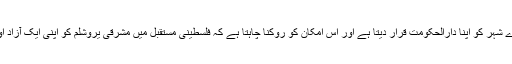
اس کا سبب یہ ہے کہ اسرائیل یروشلم کے پورے شہر کو اپنا دارالحکومت قرار دیتا ہے اور اس امکان کو روکنا چاہتا ہے کہ فلسطینی مستقبل میں مشرقی یروشلم کو اپنی ایک آزاد اور خود مختار ریاست کا دارالحکومت بنا سکیں۔